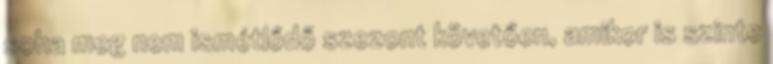
soha meg nem ismétlődő szezont követően, amikor is szinte